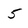
Character: 5